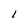
Character: l